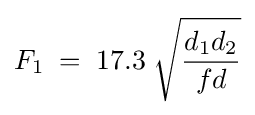
F_{1}\;=\;17.3\;{\sqrt {\frac {d_{1}d_{2}}{fd}}}